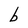
Character: b